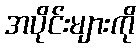
အပိုင်းများကို